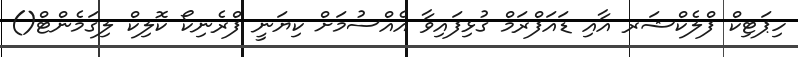
ހިޕަޓިކް ފްލެކްޝަރ އާއި ޑައަފްރަމް ގުޅިފައިވާ އެއްސުމަށް ކިޔަނީ ފްރެނިކޯ ކޮލިކް ލިގަމެންޓް()